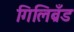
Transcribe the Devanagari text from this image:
गिलिब्रँड